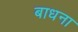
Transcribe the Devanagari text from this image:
बाधना